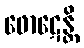
ဖောဋေန္တိ